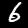
Digit: 6